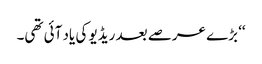
‘‘ بڑے عرصے بعد ریڈیو کی یاد آئی تھی۔